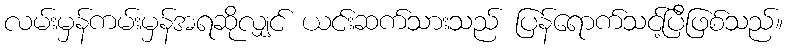
လမ်းမှန်ကမ်းမှန်အရဆိုလျှင် ယင်းဆက်သားသည် ပြန်ရောက်သင့်ပြီဖြစ်သည်။